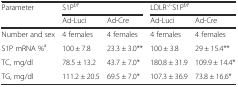
| <ROWSPAN=2> Parameter | <COLSPAN=2> S1Pf/f | <COLSPAN=2> LDLR-/-S1Pf/f |
 | Ad-Luci | Ad-Cre | Ad-Luci | Ad-Cre |
 | --- | --- | --- | --- | --- |
 | Number and sex | 4 females | 4 females | 4 females | 4 females |
 | S1P mRNA %a | 100 ± 7.8 | 23.3 ± 3.0** | 100 ± 3.8 | 29 ± 15.4** |
 | TC, mg/dl | 78.5 ± 13.2 | 43.7 ± 7.0* | 180.8 ± 31.9 | 109.9 ± 14.4* |
 | TG, mg/dl | 111.2 ± 20.5 | 69.5 ± 7.0* | 107.3 ± 36.9 | 73.8 ± 16.6* |